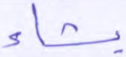
يشاء